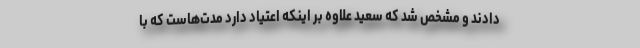
دادند و مشخص شد که سعید علاوه بر اینکه اعتیاد دارد مدت‌هاست که با